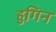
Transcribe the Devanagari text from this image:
हुगिन